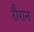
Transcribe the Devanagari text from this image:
रौग़न